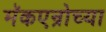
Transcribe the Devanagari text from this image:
मॅकएन्रोच्या